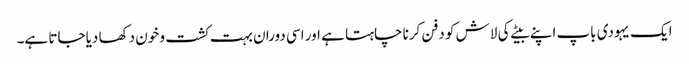
ایک یہودی باپ اپنے بیٹے کی لاش کو دفن کرنا چاہتا ہے اور اسی دوران بہت کشت و خون دکھا دیا جاتا ہے۔